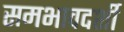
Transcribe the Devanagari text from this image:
समभावदर्शी